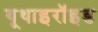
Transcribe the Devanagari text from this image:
यूथाइरॉइड